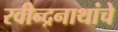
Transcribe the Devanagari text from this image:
रवीन्द्रनाथांचे